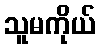
သူမကိုယ်